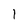
Character: 1